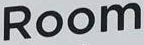
Room